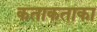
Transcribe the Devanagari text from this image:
कताकताका